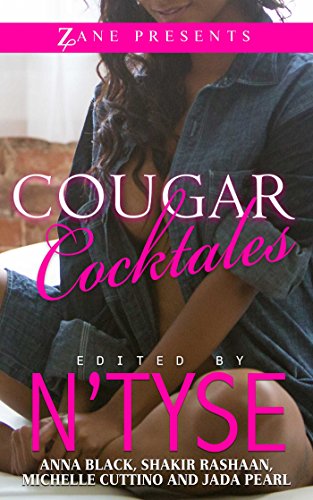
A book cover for Cougar Cocktales; Romance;